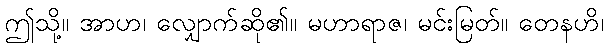
ဤသို့။ အာဟ၊ လျှောက်ဆို၏။ မဟာရာဇ၊ မင်းမြတ်။ တေနဟိ၊